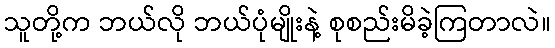
သူတို့က ဘယ်လို ဘယ်ပုံမျိုးနဲ့ စုစည်းမိခဲ့ကြတာလဲ။